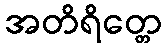
အတိရိတ္တေ